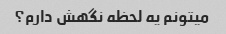
میتونم یه لحظه نگهش دارم؟